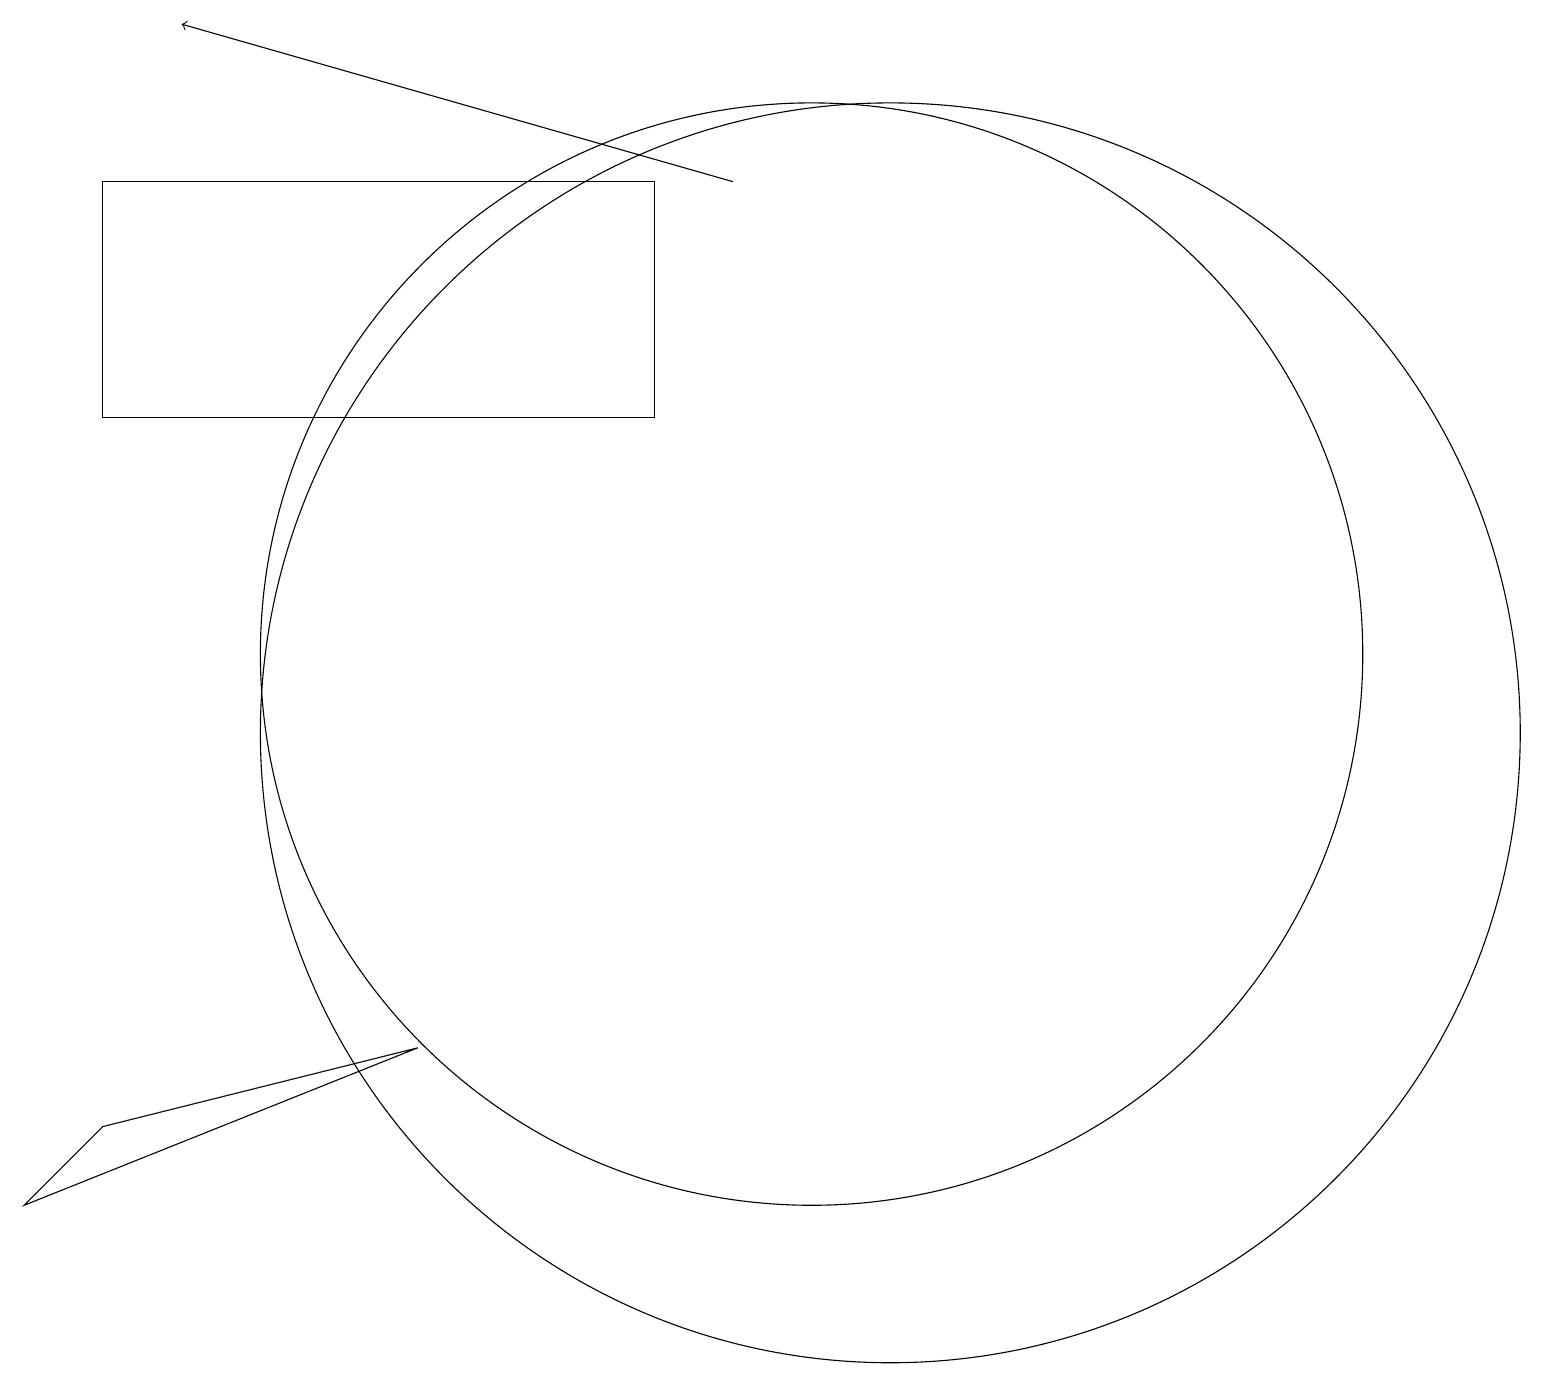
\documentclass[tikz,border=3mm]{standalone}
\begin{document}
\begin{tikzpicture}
\draw (10,10) circle (0);
\draw (5,6) -- (0,4) -- (1,5) -- cycle;
\draw (11,10) circle (8);
\draw (8,14) rectangle (1,17);
\draw (10,11) circle (7);
\draw[->] (9,17) -- (2,19);
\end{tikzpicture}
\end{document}